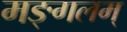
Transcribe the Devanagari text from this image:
मङ्गलम्